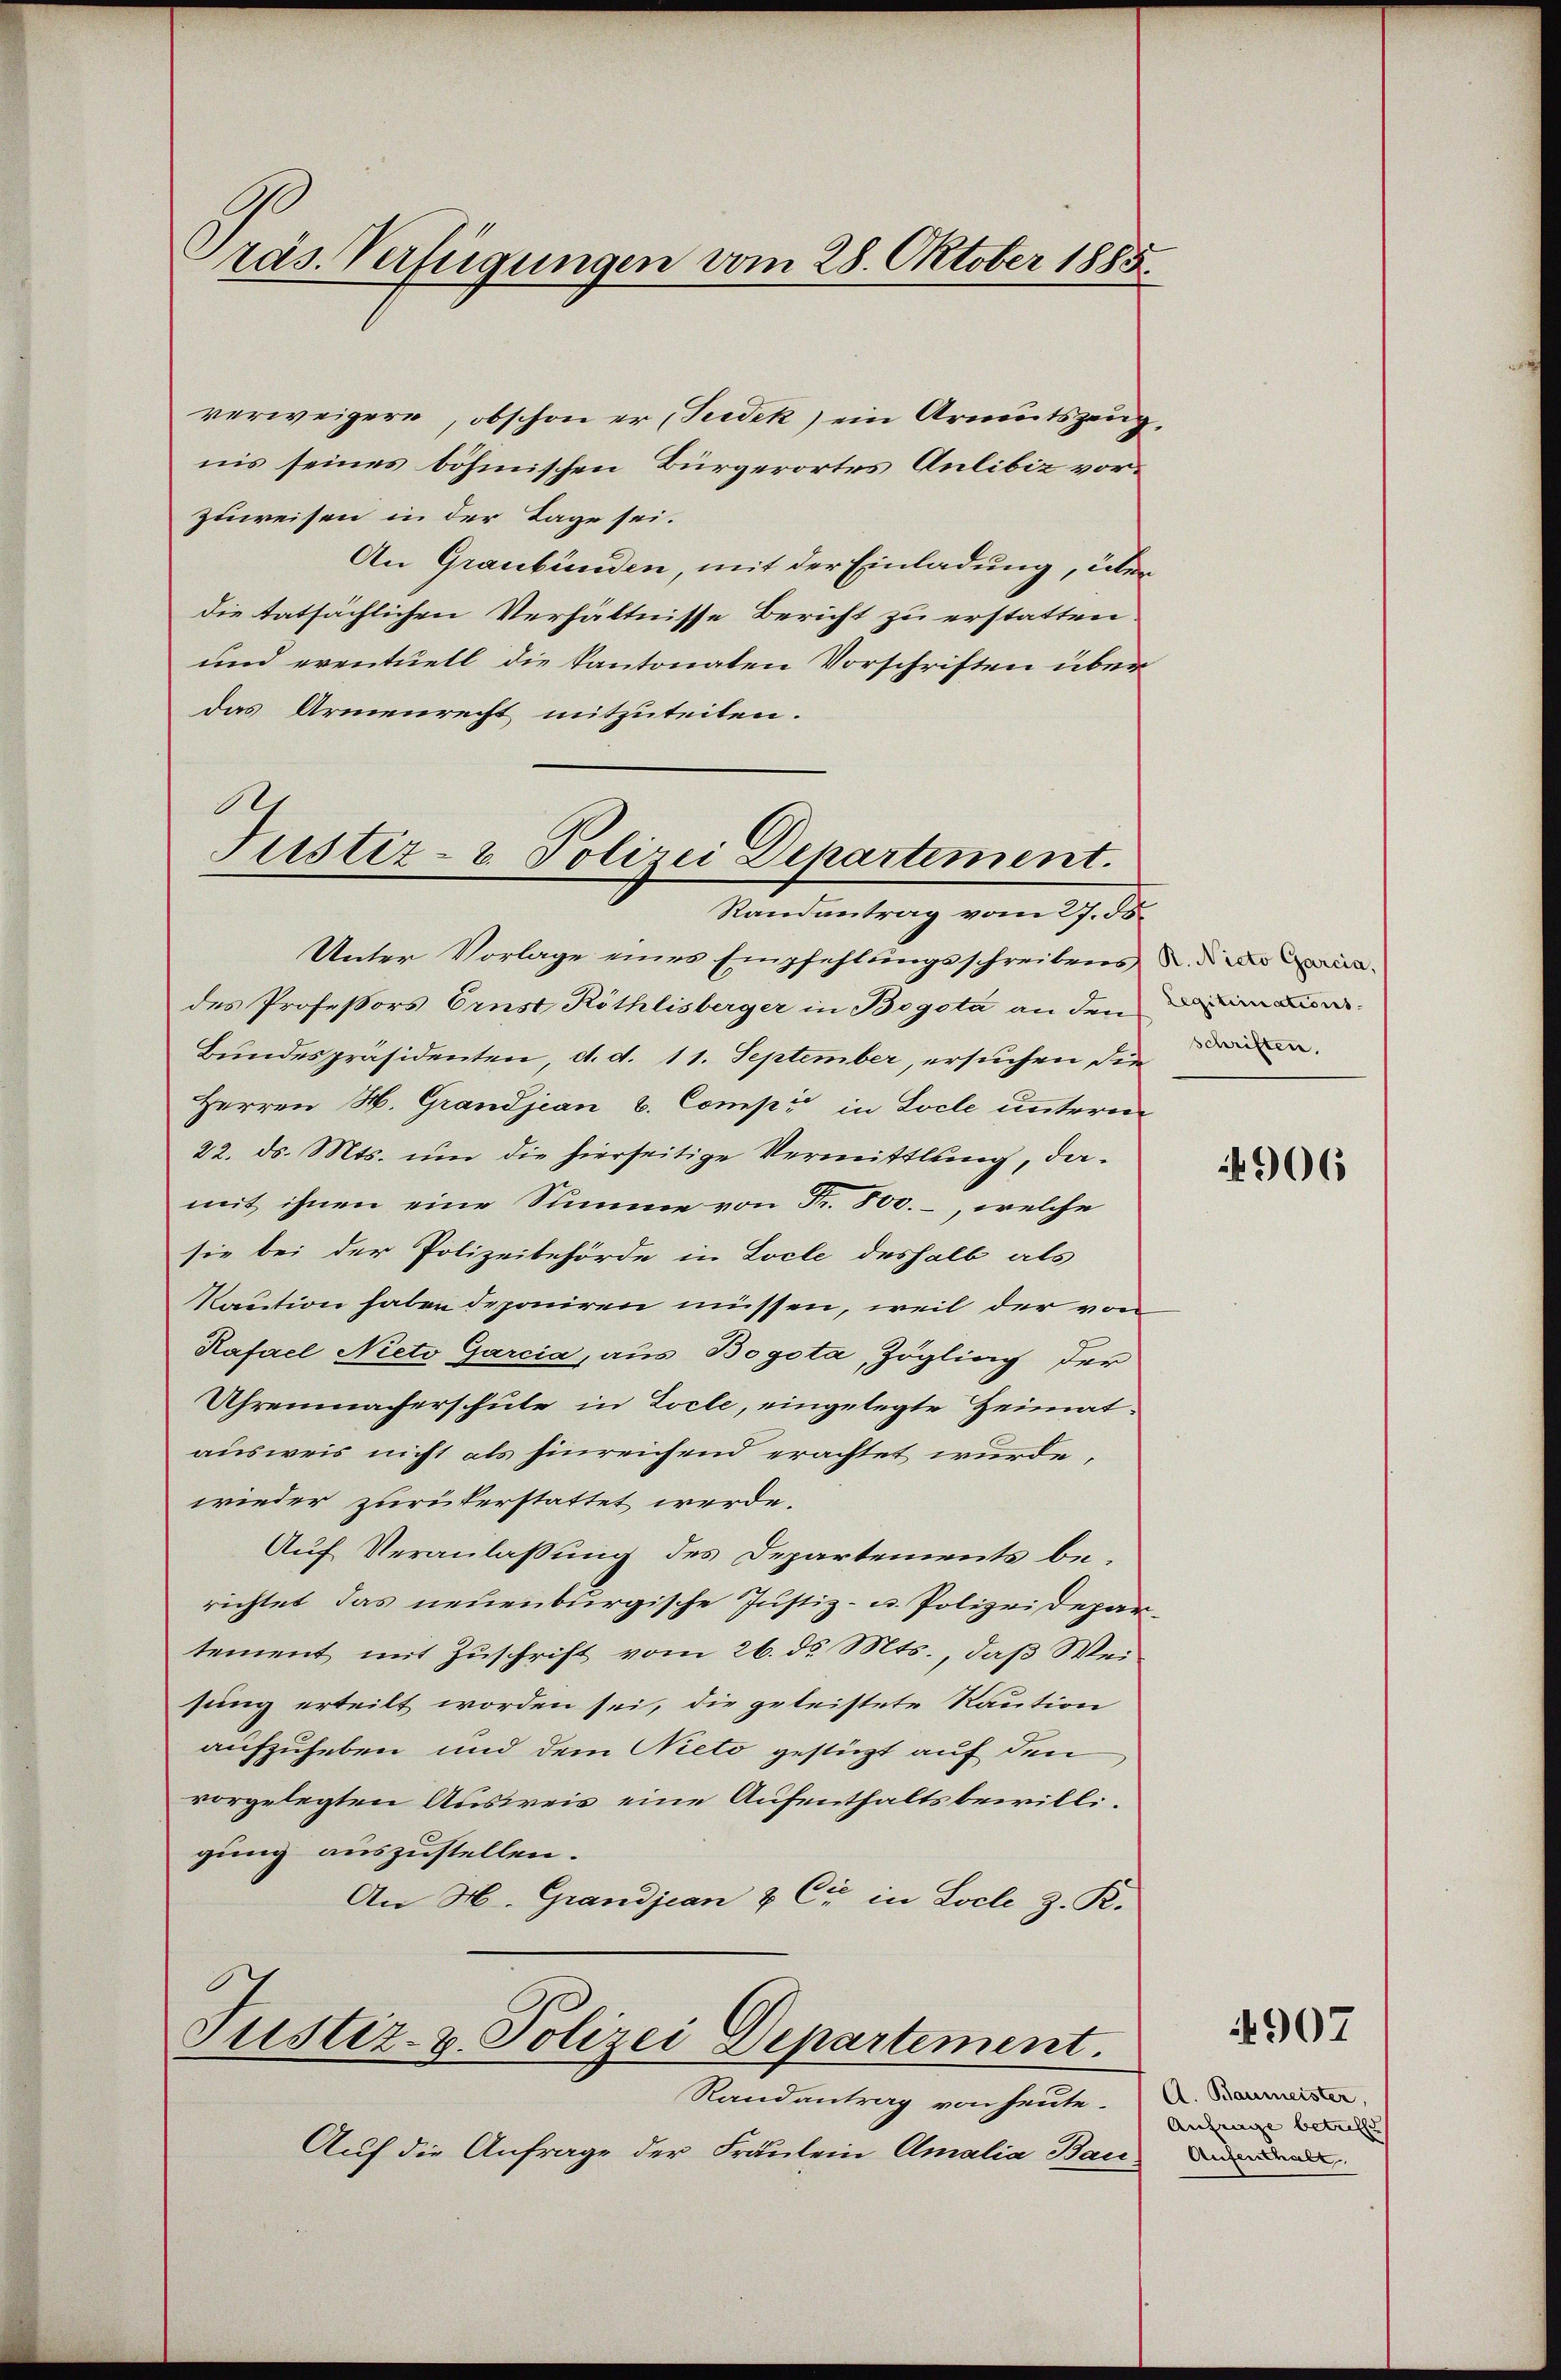
räs. Verfügungen vom 28. Oktober 1885.

verweigere, obschon er Seidek) ein Armutszeugnis seines böhmischen Bürgerortes Anlibiz vorzuweisen in der Tage sei.
An Graubünden, mit der Einladung, über
die tatsächlichen Verhältnisse Bericht zu erstatten.
und eventuell die Kantonaten Vorschriften über
das Armenrecht mitzuteilen.
Ar

Justiz- & Polizei Departement.

Unter Vorlage eines Empfehlungsschreibens di
des Professors Ernst Röthlisberger in Bogota an den
Bundespräsidenten, d. d. 11. September, ersuchen die
Herren H. Grandjean v. Comp. in Loche untern
22. ds. Mts. um die hierseitige Vermittlung, damit ihnen eine Summe von Fr. 800. –, welche
sie bei der Polizeibehörde in Locle deshalb als
Kaution haben deponiren müssen, weil der von
Kafael Nieto Garcia, aus Bogota, Zögling der
Uhrenmacherschule in Zocle, eingelegte Heimat-
ausweis nicht als hinreichend erachtet wurde,
wieder zurükerstattet werde.
Auf Veranlaßung des Departements berichtet das neuenburgische Justiz- u. Polizeidepar-
tement mit Zuschrift vom 26. ds. Mts., daß Weisung erteilt worden sei, die geleistete Raution
aufzuheben und dem Nieto gestüzt auf den
vorgelegten Ausweis eine Aufenthaltsbewilligung auszustellen.
An H. Grandjean & Cie in Loche z. R.
Justiz- & Polizei Departement.
Randantrag von heute.
Auf die Anfrage der Fräulein Amalia Barr

Randantrag vom 27. 55.

schriften.

4906

4907

A. Baumeister,
Anfrage betreffe
Aufenthalt